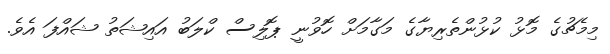
މިމެޗުގެ މޮޅު ކުޅުންތެރިޔާގެ މަގާމަށް ހޮވުނީ ޕޮލިސް ކްލަބު އައިޝަތު ޝައްފަ އެވެ.